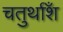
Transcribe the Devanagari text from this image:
चतुर्थाँश